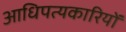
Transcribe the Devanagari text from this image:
आधिपत्यकारियों